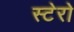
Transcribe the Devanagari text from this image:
स्टेरो